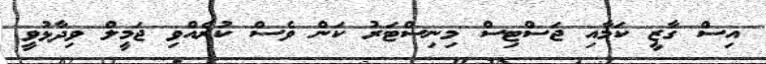
އިސް ގާޒީ ކަމާއި ޖަސްޓިސް މިނިސްޓަރު ކަން ވެސް ކުރެއްވި ޖަމީލް ވިދާޅުވީ